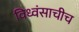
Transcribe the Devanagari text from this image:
विध्वंसाचीच